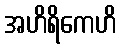
အဟိရိကေဟိ